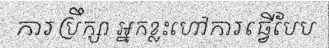
ការប្រឹក្សា អ្នកខ្លះហៅការធ្វើបែប